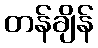
တန်ချိန်